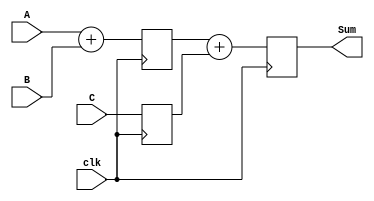
module adder_2(
output	reg	[7:0]	Sum,
input		[7:0]	A, B, C,
input				clk
);

reg			[7:0]	rABSum, rC;

always @(posedge clk) begin
	rABSum	<=	A + B;
	rC		<=	C;
	Sum		<=	rABSum + rC;
end
endmodule